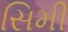
સિમી